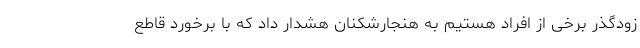
زودگذر برخی از افراد هستیم به هنجارشکنان هشدار داد که با برخورد قاطع